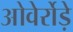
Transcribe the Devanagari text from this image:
ओवेर्रोड़े